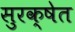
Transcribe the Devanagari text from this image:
सुरक्षेत